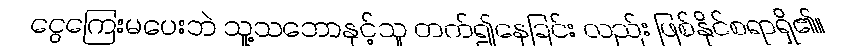
ငွေကြေးမပေးဘဲ သူ့သဘောနှင့်သူ တက်၍နေခြင်း လည်း ဖြစ်နိုင်စရာရှိ၏။